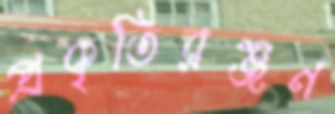
প্রকৃতিরঞ্জন